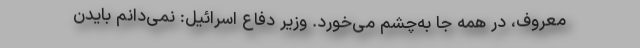
معروف، در همه جا به‌چشم می‌خورد. وزیر دفاع اسرائیل: نمی‌دانم بایدن